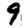
Digit: 9